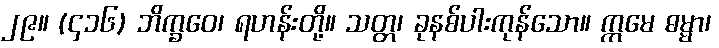
၂၉။ (၄၁၆) ဘိက္ခဝေ၊ ရဟန်းတို့။ သတ္တ၊ ခုနစ်ပါးကုန်သော။ ဣမေ ဓမ္မာ၊